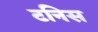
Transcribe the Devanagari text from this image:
टनिस